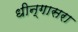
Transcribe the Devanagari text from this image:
धीन्गासरा